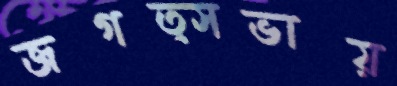
জগত্সভায়